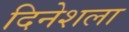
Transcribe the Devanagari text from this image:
दिनेशला